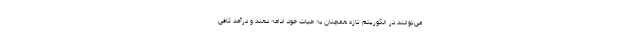
می‌توانند در الگوریتم تازه همچنان به حیات خود ادامه دهند و درآمد کافی